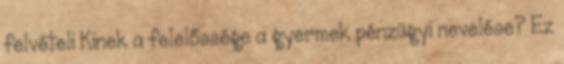
felvételi Kinek a felelőssége a gyermek pénzügyi nevelése? Ez